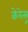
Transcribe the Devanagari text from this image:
केरेत्सु